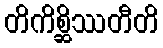
တိကိစ္ဆိဿတီတိ